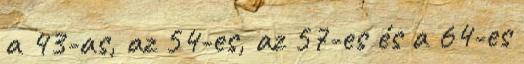
a 43-as, az 54-es, az 57-es és a 64-es